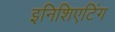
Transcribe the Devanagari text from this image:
इनिशिएटिंग